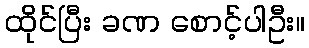
ထိုင်ပြီး ခဏ စောင့်ပါဦး။